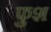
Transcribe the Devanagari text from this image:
फुश